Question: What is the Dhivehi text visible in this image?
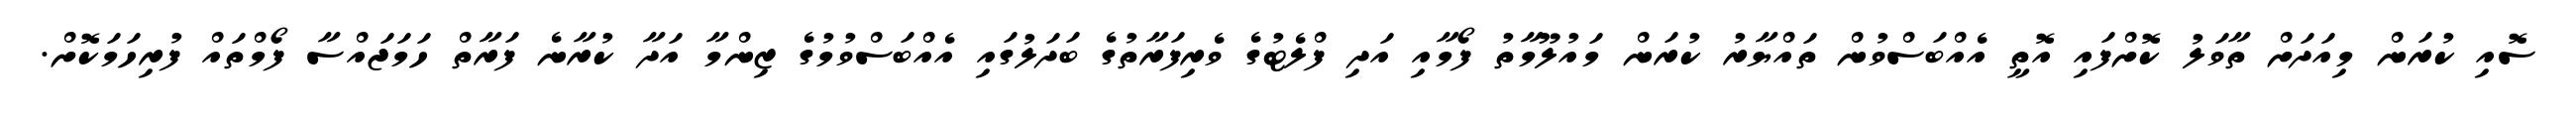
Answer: ސޮއި ކުރަން މިއަދަށް ތާވަލު ކޮށްފައި އޮތީ އެއްބަސްވުން ތައްޔާރު ކުރަން މައުލޫމާތު ފޯމާއި އަދި ފްލެޓުގެ ވެރިފަރާތުގެ ބަދަލުގައި އެއްބަސްވުމުގެ ޒިންމާ އަދާ ކުރާނެ ފަރާތް ހަމަޖައްސާ ފޯމްތައް ފުރިހަމަކޮށް.